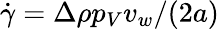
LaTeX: \dot{\gamma}=\Delta\rho p_{V}v_{w}/(2a)